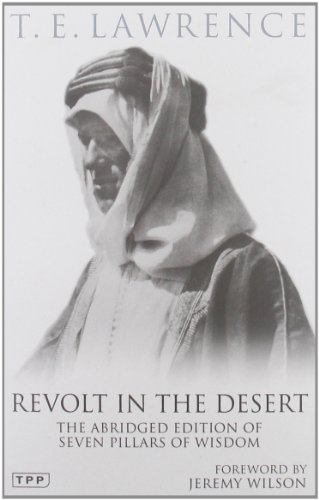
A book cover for Revolt in the Desert: The Authorised Abridged Edition of 'Seven Pillars of Wisdom'; T.E. Lawrence; History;